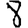
Digit: 8